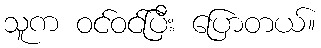
သူက ဝင်ဝင်ပြီး ပြောတယ်။